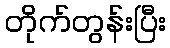
တိုက်တွန်းပြီး